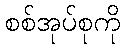
စစ်အုပ်စုကို